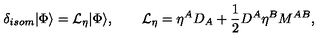
\delta _ { i s o m } | \Phi \rangle = { \cal L } _ { \eta } | \Phi \rangle , \qquad { \cal L } _ { \eta } = \eta ^ { A } D _ { A } + \frac { 1 } { 2 } D ^ { A } \eta ^ { B } M ^ { A B } ,